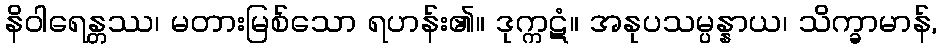
နိဝါရေန္တဿ၊ မတားမြစ်သော ရဟန်း၏။ ဒုက္ကဋံ။ အနုပသမ္ပန္နာယ၊ သိက္ခာမာန်,